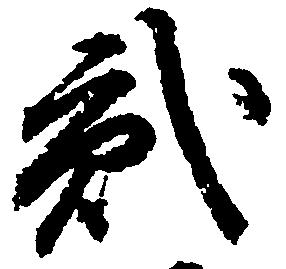
弐